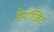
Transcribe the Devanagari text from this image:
डेपॉज़िट